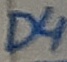
Text: D4